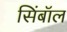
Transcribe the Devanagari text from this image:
सिंबॉल